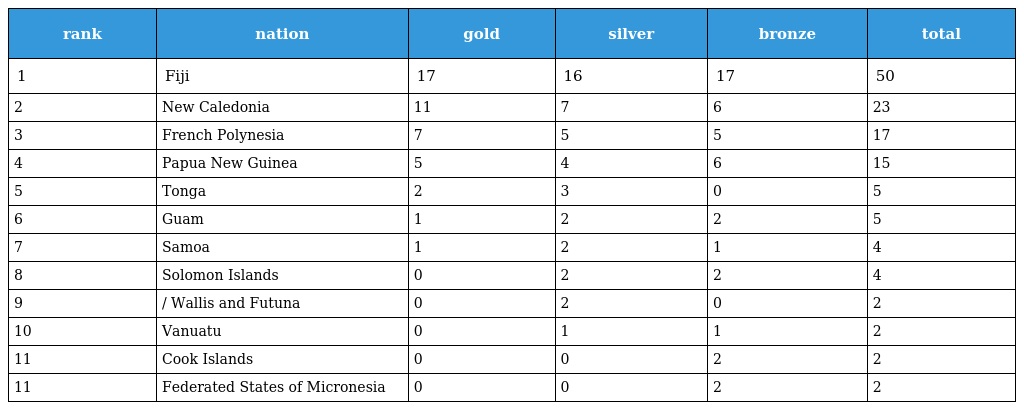
| rank | nation | gold | silver | bronze | total |
 | --- | --- | --- | --- | --- | --- |
 | 1 | Fiji | 17 | 16 | 17 | 50 |
 | 2 | New Caledonia | 11 | 7 | 6 | 23 |
 | 3 | French Polynesia | 7 | 5 | 5 | 17 |
 | 4 | Papua New Guinea | 5 | 4 | 6 | 15 |
 | 5 | Tonga | 2 | 3 | 0 | 5 |
 | 6 | Guam | 1 | 2 | 2 | 5 |
 | 7 | Samoa | 1 | 2 | 1 | 4 |
 | 8 | Solomon Islands | 0 | 2 | 2 | 4 |
 | 9 | / Wallis and Futuna | 0 | 2 | 0 | 2 |
 | 10 | Vanuatu | 0 | 1 | 1 | 2 |
 | 11 | Cook Islands | 0 | 0 | 2 | 2 |
 | 11 | Federated States of Micronesia | 0 | 0 | 2 | 2 |